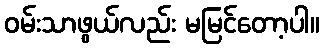
ဝမ်းသာဖွယ်လည်း မမြင်တော့ပါ။